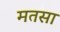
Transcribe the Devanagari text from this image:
मतसा